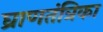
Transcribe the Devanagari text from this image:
घ्राणतंत्रिका